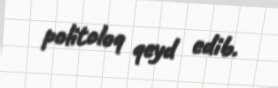
politoloq qeyd edib.